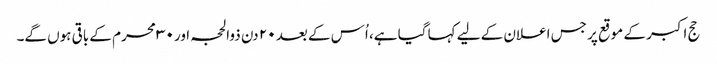
حج اکبر کے موقع پر جس اعلان کے لیے کہا گیا ہے، اُس کے بعد ۲۰ دن ذوالحجہ اور ۳۰ محرم کے باقی ہوں گے۔